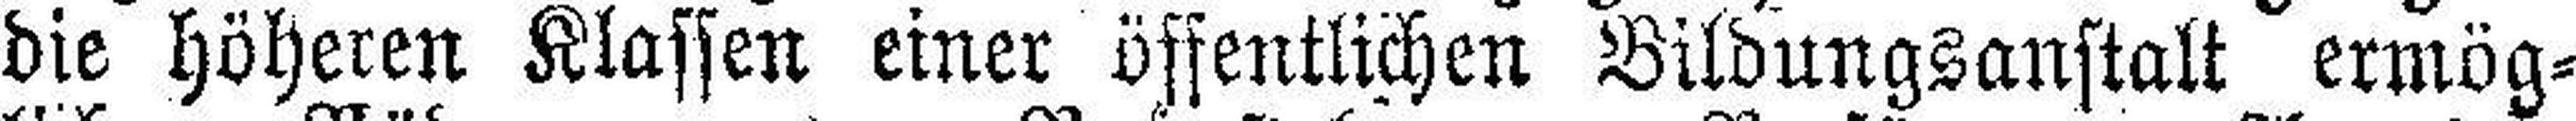
die höheren Klassen einer öffentlichen Bildungsanstalt ermög¬